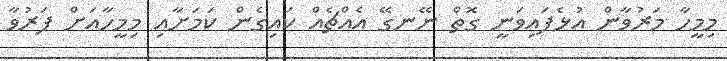
މިމީހާ މަރުވާން އުޅެފައިވަނީ ގޮތް ނޭނގޭ އެއްޗެއް ކައިގެން ކަމަށާއި މިމީހާއަށް ފަރުވާ